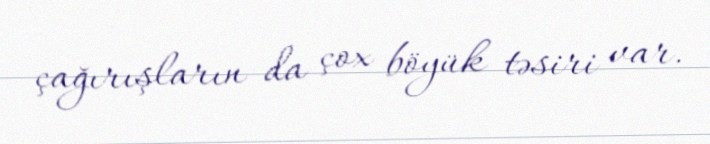
çağırışların da çox böyük təsiri var.